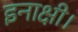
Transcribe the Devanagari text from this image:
इनाक्षी।